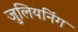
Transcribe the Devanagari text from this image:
जुलियनिंग